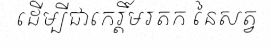
ដើម្បីជាកេរ្តិ៍មរតក នៃសត្វ